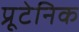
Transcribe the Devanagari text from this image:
प्रूटेनिक